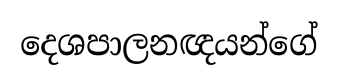
දෙශපාලනඥයන්ගේ